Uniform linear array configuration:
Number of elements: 24
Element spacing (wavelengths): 0.25
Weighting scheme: blackman
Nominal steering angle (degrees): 60
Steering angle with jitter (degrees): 58.572
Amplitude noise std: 0.05
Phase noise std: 0.05

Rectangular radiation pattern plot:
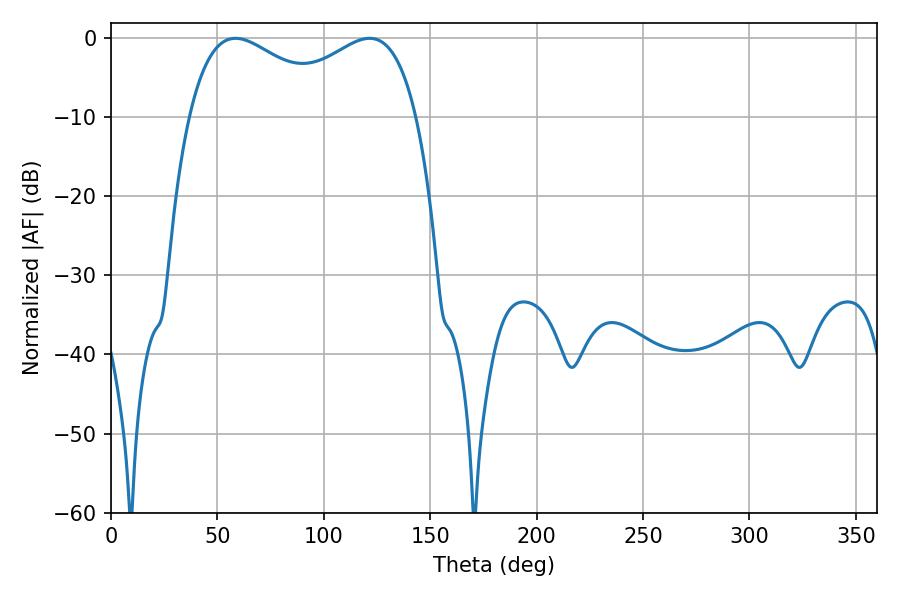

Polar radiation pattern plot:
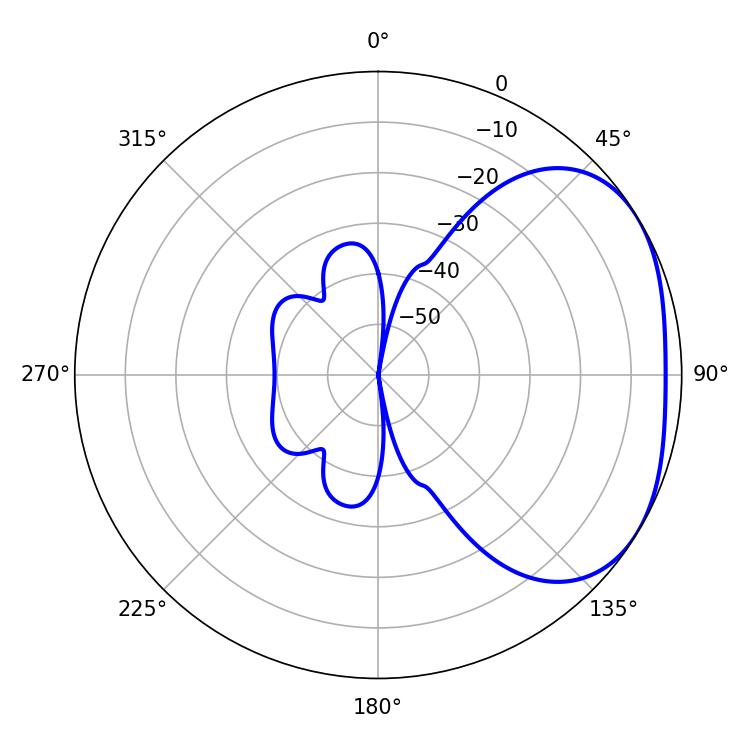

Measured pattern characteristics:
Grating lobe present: FALSE
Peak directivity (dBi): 2.643
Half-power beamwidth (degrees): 39.6
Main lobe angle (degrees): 58.5